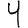
Digit: 4